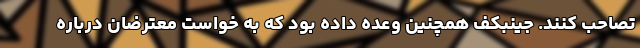
تصاحب کنند. جینبکف همچنین وعده داده بود که به خواست معترضان درباره